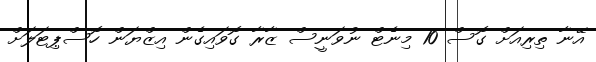
އޭނާ ތިރިއަށް ގޮސް 10 މިނެޓް ނުވަނީސް ޒާރާ ގޮވައިގެން އިޒްޔަން ހޮސްޕިޓަލަށް